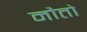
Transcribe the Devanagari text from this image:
मौतो